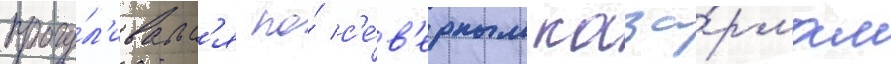
прогу́л'ивалс'я по́ с'е́в'ерным каза́рмам